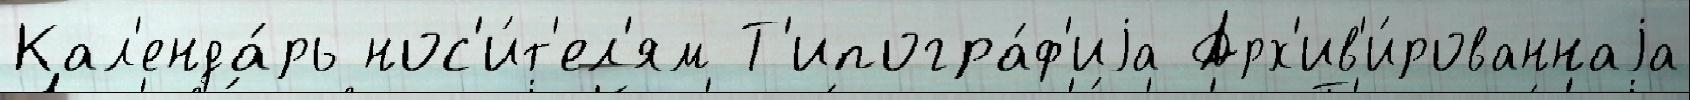
Кал'енда́рь нос'и́т'ел'ям Т'ипогра́ф'иjа Арх'ив'и́рованнаjа